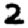
Digit: 2